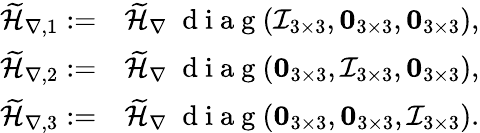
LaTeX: \begin{array}{rl}{\widetilde{\mathcal{H}}_{\nabla,1}:=}&{{}\widetilde{\mathcal{H}}_{\nabla}\; \mathrm{~d~i~a~g~}(\mathcal{I}_{3\times 3},\boldsymbol{0}_{3\times 3},\boldsymbol{0}_{3\times 3}),}\\ {\widetilde{\mathcal{H}}_{\nabla,2}:=}&{{}\widetilde{\mathcal{H}}_{\nabla}\; \mathrm{~d~i~a~g~}(\boldsymbol{0}_{3\times 3},\mathcal{I}_{3\times 3},\boldsymbol{0}_{3\times 3}),}\\ {\widetilde{\mathcal{H}}_{\nabla,3}:=}&{{}\widetilde{\mathcal{H}}_{\nabla}\; \mathrm{~d~i~a~g~}(\boldsymbol{0}_{3\times 3},\boldsymbol{0}_{3\times 3},\mathcal{I}_{3\times 3}).}\end{array}